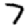
Digit: 7